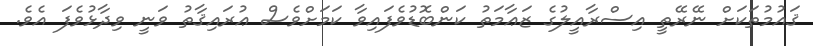
ޤައުމުތަކަށް ނޭރޭތީ އިސްރާއީލުގެ ޒަޢާމަތު ކަންބޮޑުވެފައިވާ ކަމަށްވެސް ޢުރައިޤާތު ވަނީ ވިދާޅުވެފަ އެވެ.